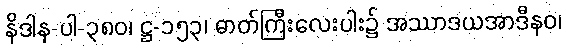
နိဒါန-ပါ-၃၈၀၊ ဋ္ဌ-၁၅၃၊ ဓာတ်ကြီးလေးပါး၌ အဿာဒယအာဒီနဝ၊